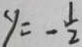
y = - \frac { 1 } { 2 }